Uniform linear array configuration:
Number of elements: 32
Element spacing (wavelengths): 0.75
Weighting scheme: kaiser
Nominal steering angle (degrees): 60
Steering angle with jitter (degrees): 60.693
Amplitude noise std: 0.05
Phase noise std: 0.05

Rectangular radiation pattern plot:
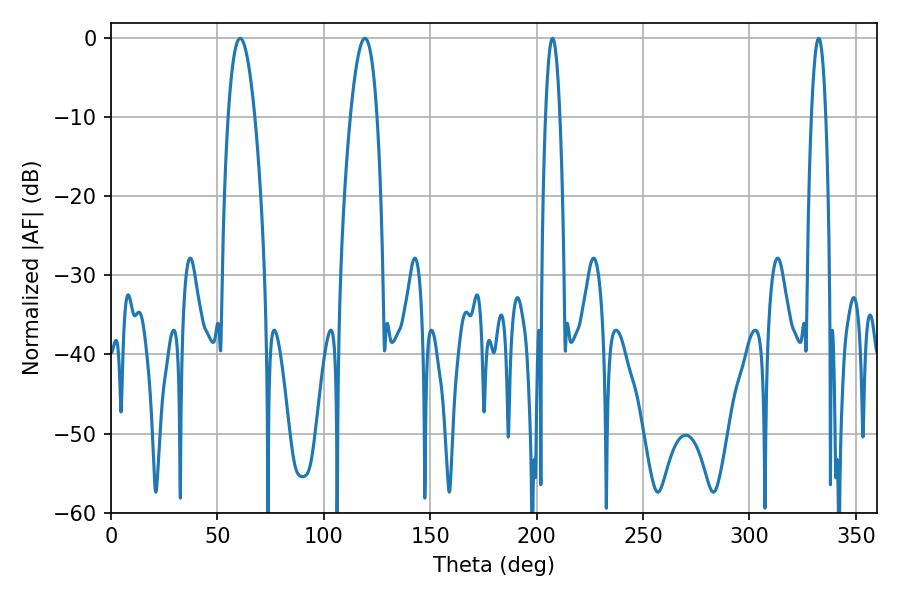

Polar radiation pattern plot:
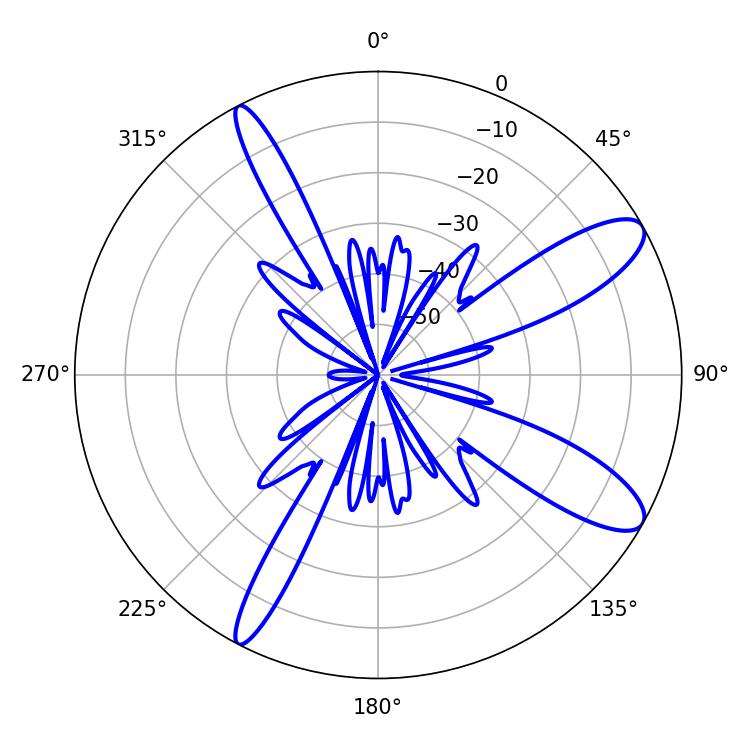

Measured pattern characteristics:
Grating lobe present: TRUE
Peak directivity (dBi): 10.936
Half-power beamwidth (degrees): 6.84
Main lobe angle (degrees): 60.66